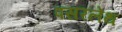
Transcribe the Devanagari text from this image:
पसरलेथ